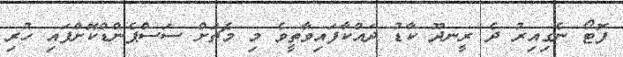
ފޮޓޯ ނެގިއިރު ދެ ރީނދޫ ކާޑު ދައްކާފައިވާތީވެ މި މެޗަށް ސަސްޕެންޑްކޮށްފައި ހުރި